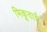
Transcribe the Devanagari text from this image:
भिकूताई